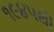
૧૯૪૫થી